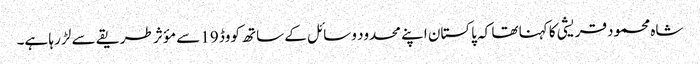
شاہ محمود قریشی کا کہنا تھا کہ پاکستان اپنے محدود وسائل کے ساتھ کووڈ 19 سے مؤثر طریقے سے لڑ رہا ہے۔